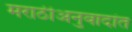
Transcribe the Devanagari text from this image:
मराठीअनुवादांत